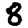
Digit: 8